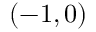
( - 1 , 0 )